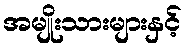
အမျိုးသားများနှင့်